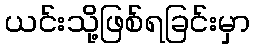
ယင်းသို့ဖြစ်ရခြင်းမှာ